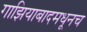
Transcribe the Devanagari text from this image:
गाझियाबादमधूनच